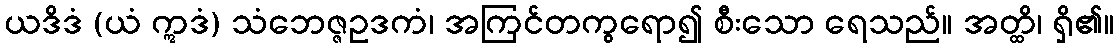
ယဒိဒံ (ယံ ဣဒံ) သံဘေဇ္ဇဥဒကံ၊ အကြင်တကွရော၍ စီးသော ရေသည်။ အတ္ထိ၊ ရှိ၏။